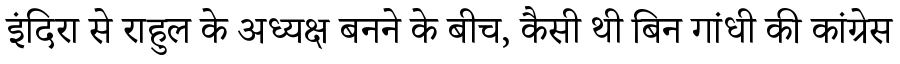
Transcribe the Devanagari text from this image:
इंदिरा से राहुल के अध्यक्ष बनने के बीच, कैसी थी बिन गांधी की कांग्रेस